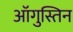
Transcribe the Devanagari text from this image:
ऑगुस्तिन